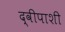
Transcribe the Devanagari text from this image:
द्वीपाशी